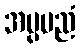
အပ္ပပညံ